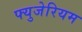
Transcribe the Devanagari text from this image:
फ्युजेरियम